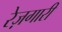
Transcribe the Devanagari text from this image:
रेज़गारी